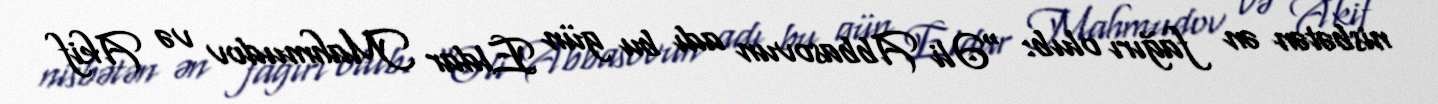
nisbətən ən fağırı olub: “Əli Abbasovun adı bu gün Eldar Mahmudov və Akif